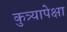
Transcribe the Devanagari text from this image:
कुत्र्यापेक्षा